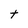
Character: t